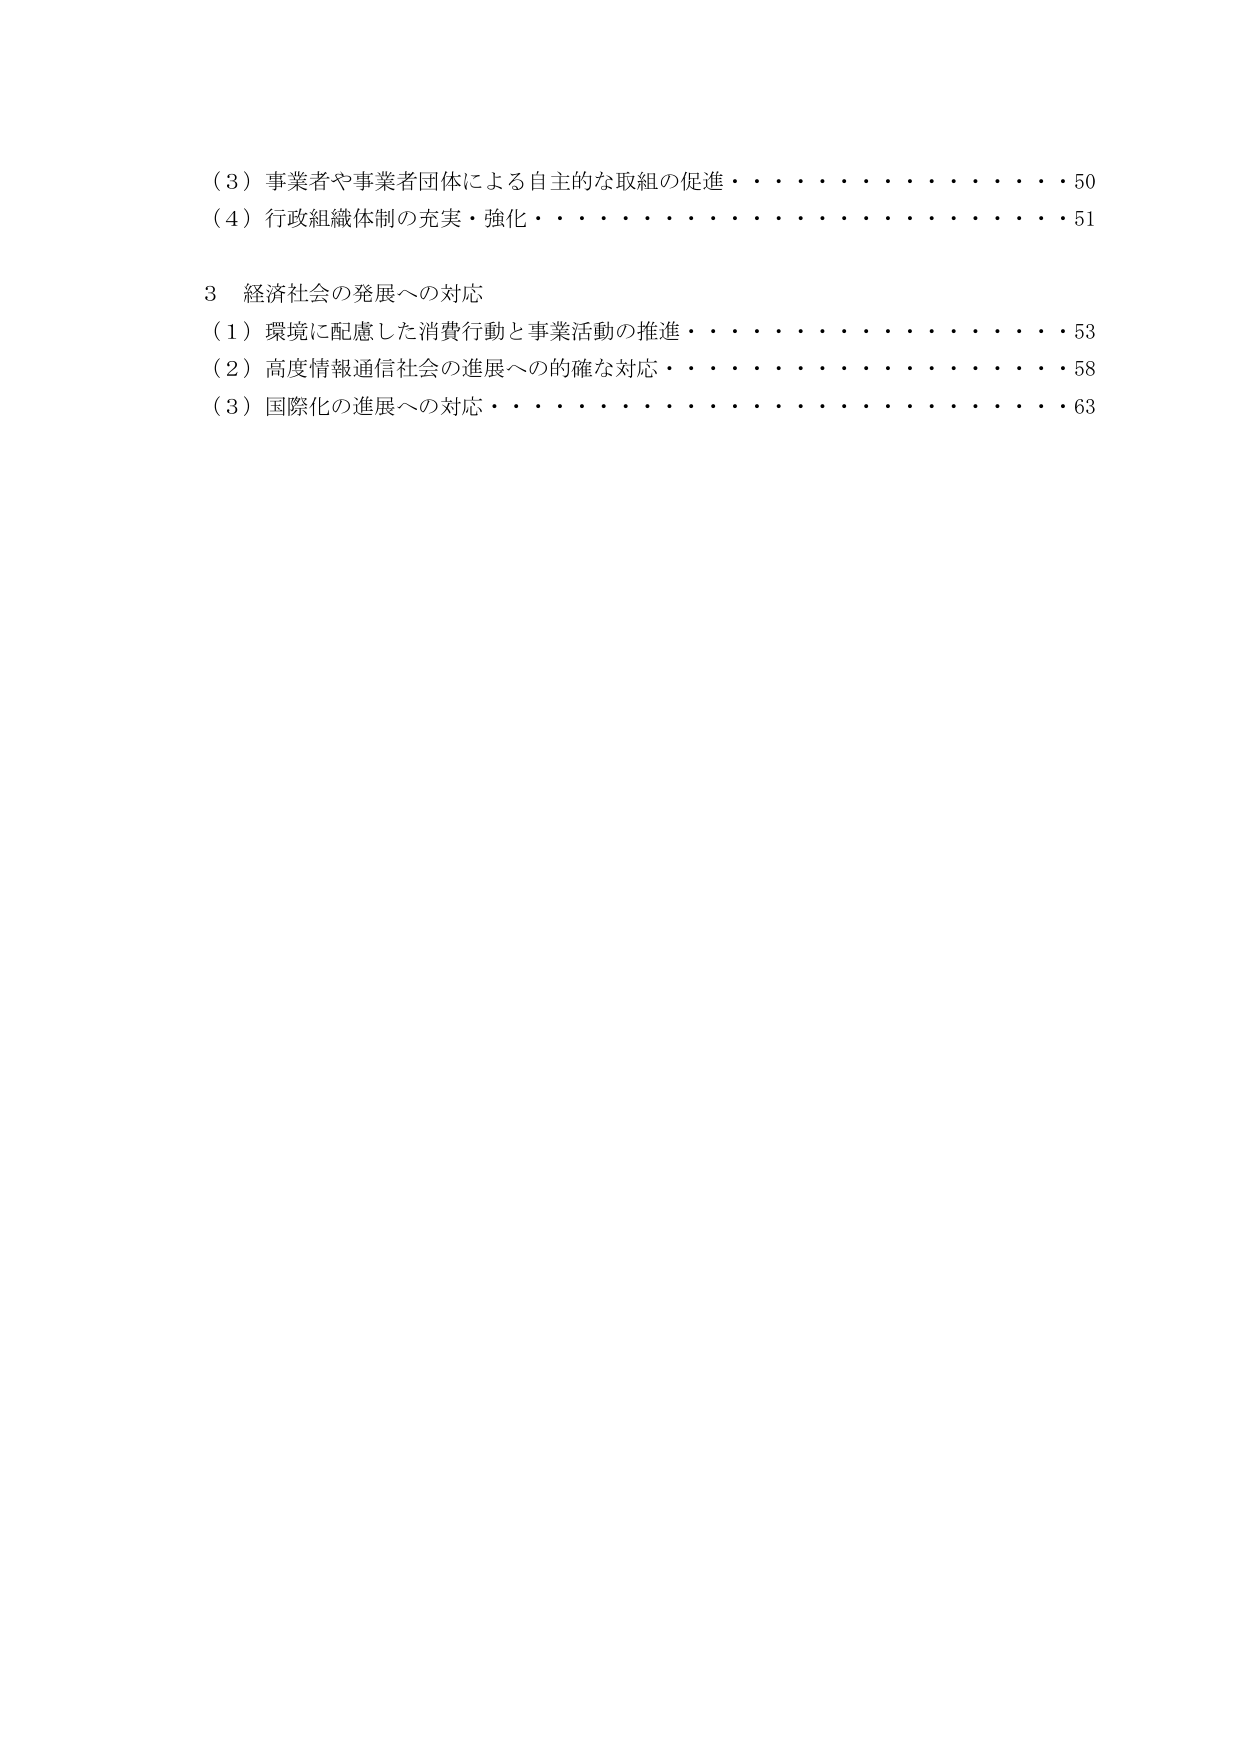
（3）事業者や事業者団体による自主的な取組の促進・・・・・・・・・・・・・・50
（4）行政組織体制の充実・強化・・・・・・・・・・・・・・・・・・・・・・51

3 経済社会の発展への対応
（1）環境に配慮した消費行動と事業活動の推進・・・・・・・・・・・・・・53
（2）高度情報通信社会の進展への的確な対応・・・・・・・・・・・・・・58
（3）国際化の進展への対応・・・・・・・・・・・・・・・・・・・・・・63